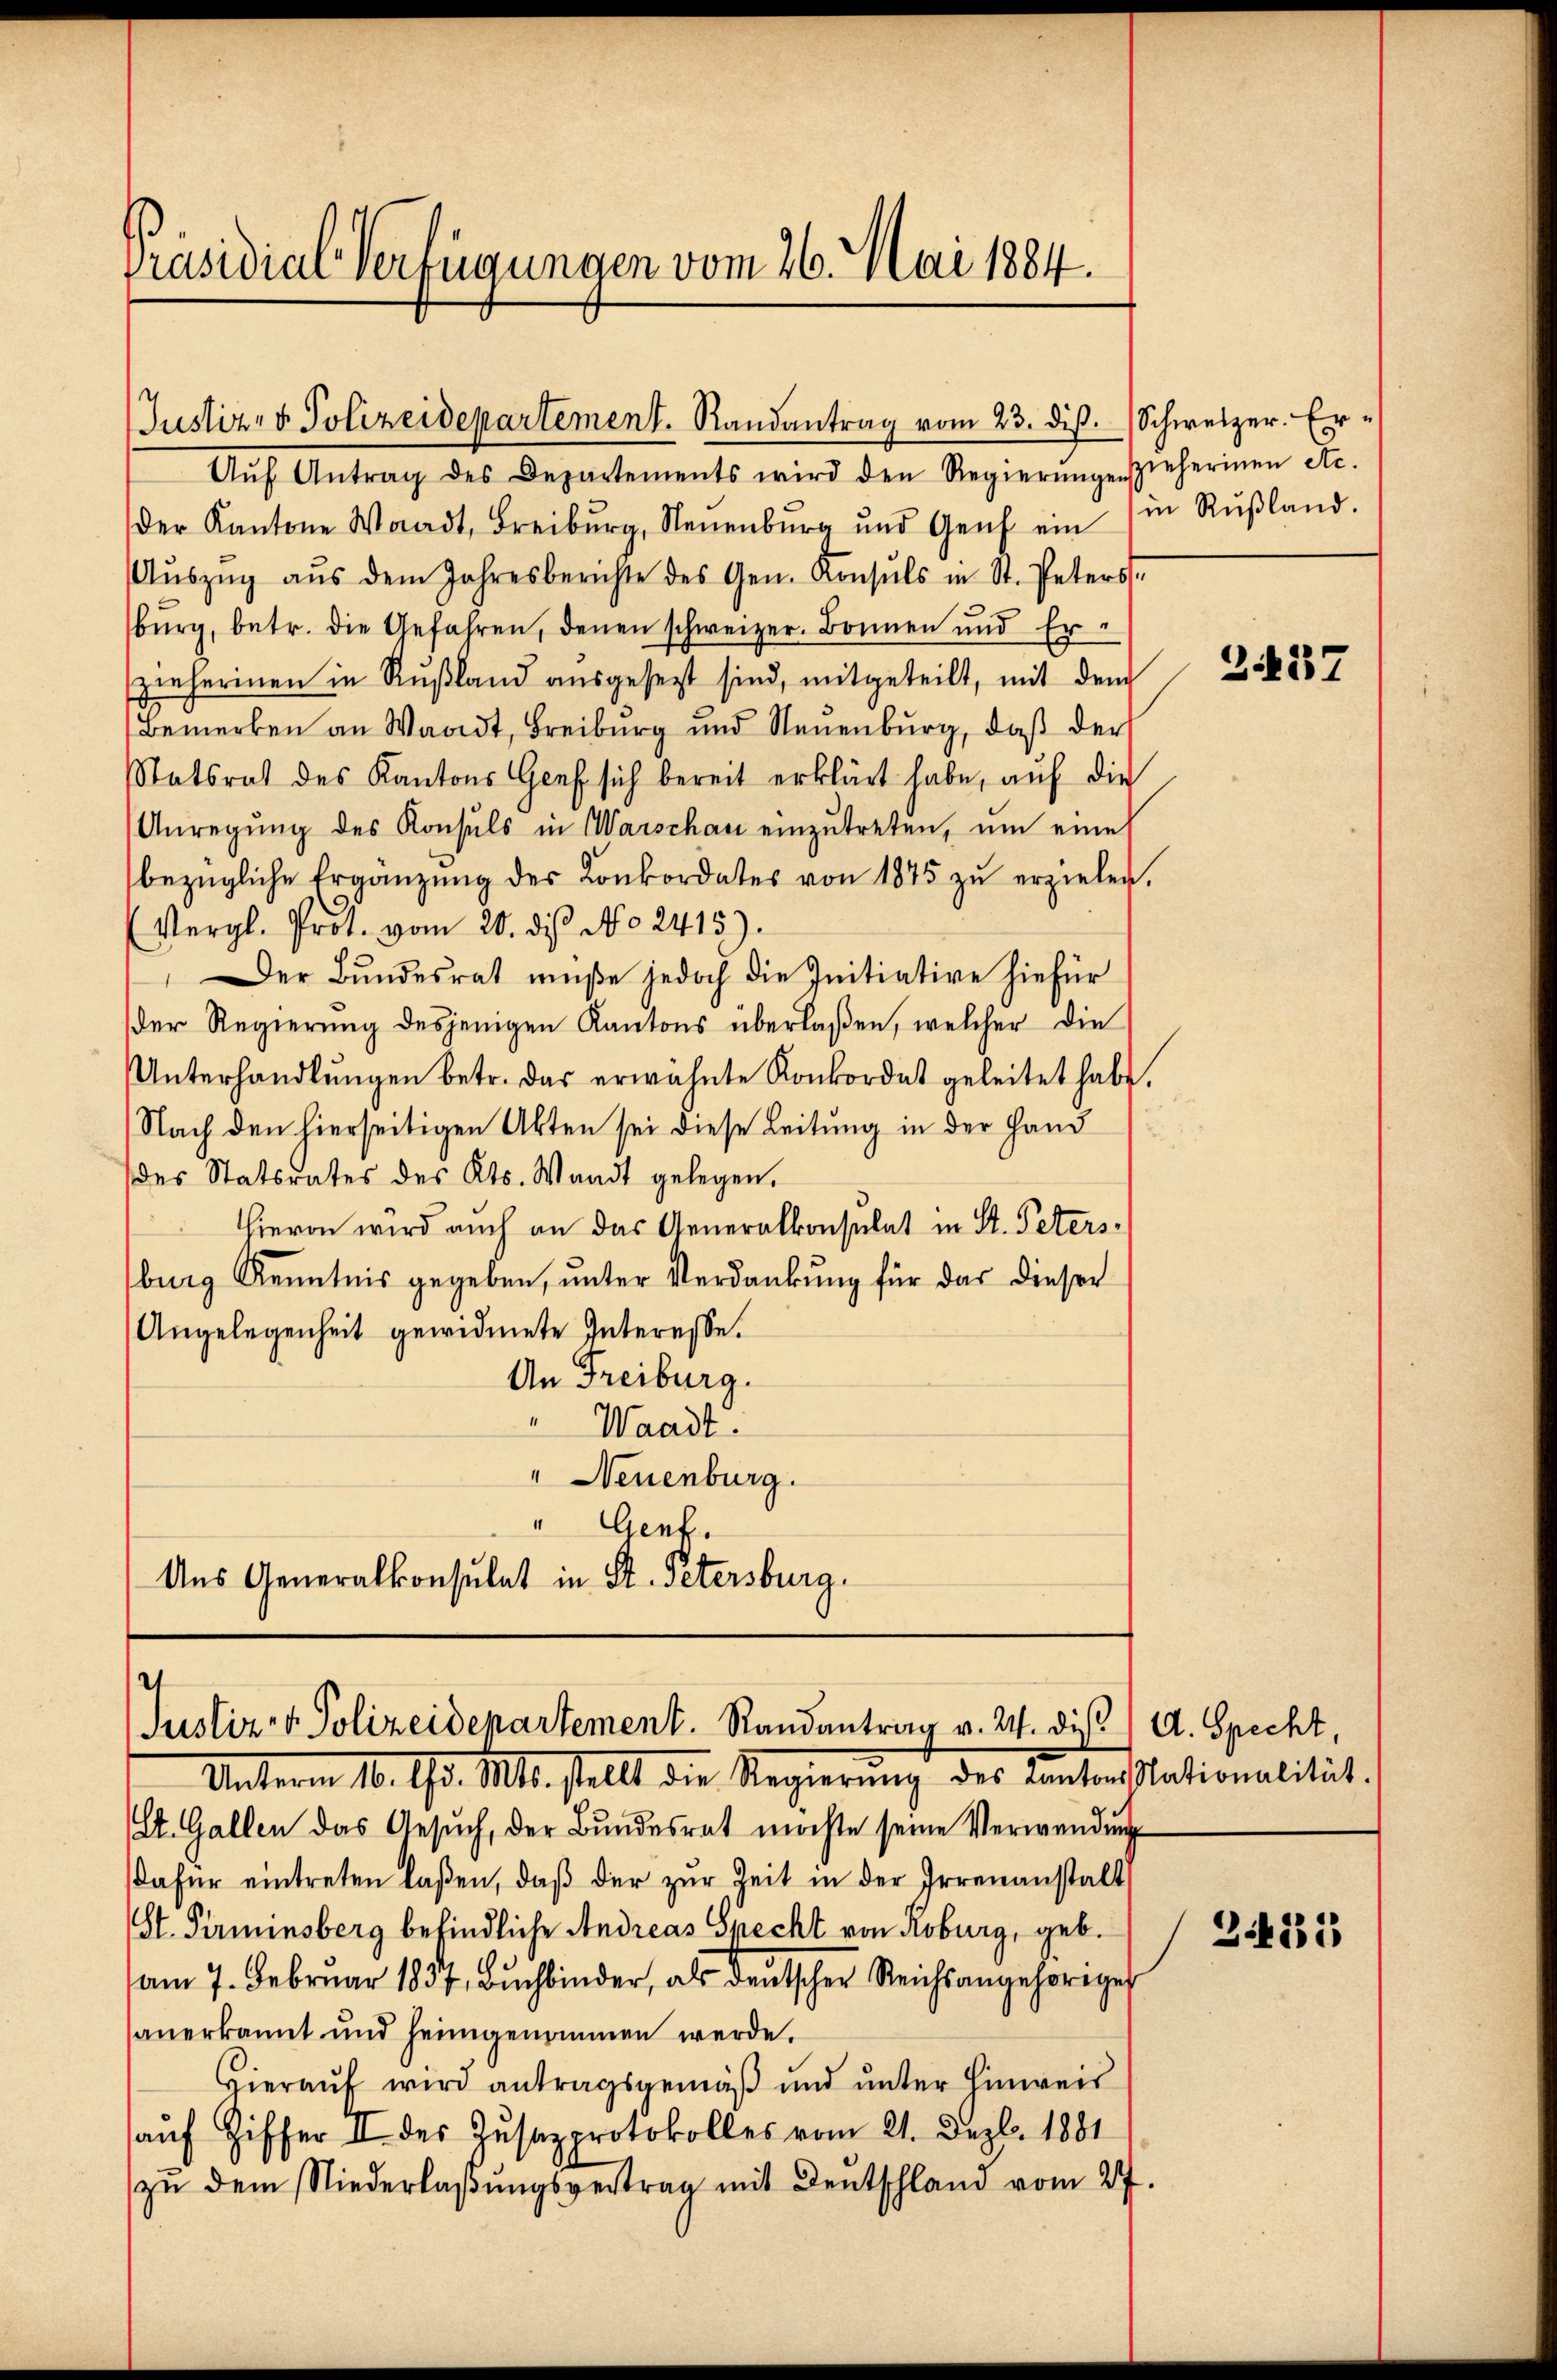
Präsidial-Verfügungen vom 26. Mai 1884.

Aŭf Antrag des Departements wird den Regierŭngen zieherinen etc.
der Kantone Waadt, Freiburg, Neuenburg und Genf ein in Rŭβland.
Aŭszŭg aŭs dem Jahresberichte des Gen. Konsuls in St. Peters
bŭrg, betr. die Gefahren, denen schweizer. Bonnen und Er-
zieherinen in Rußland aŭsgesezt sind, mitgeteilt, mit dem
Bemerken an Waadt, Freiburg und Neuenburg, daβ der
Statsrat des Kantons Graf sich bereit erklärt habe, aŭf die
Anregŭng des Konsuls in Warschau einzŭtreten, um eine
bezügliche Ergänzŭng der Konkordates von 1875 zŭ erzielen.
(Vergl. Prot. vom 20. des No. 2415).
Der Bundesrat müße jedoch die Initiative hiefür
der Regierŭng desjenigen Kantons überlaßen, welcher die
Unterhandlŭngen betr. dar erwähnte Konkordat geleitet habe.
Nach den hierseitigen Akten sei diese Leitung in der Hand
des Statsrates des Kts. Waadt gelegen.
Hievon wird auch an das Generalkonsulat in St. Petersburg Kenntnis gegeben, unter Verdankung für das dieser
Angelegenheit gewidmete Interesse.
An Freiburg.
Waadt.
" Neuenburg.
1
Genf.
Aus Generalkonsulat in St. Petersburg.

Justiz- & Polizeidepartement. Randantrag vom 23. diβ.  Schweizer. Er-

Justiz- & Polizeidepartement. Randantrag v. 24. diβ A. Specht,

Unterm 10. Gs. Mts. stellt die Regierŭng des Kanton Stationalität.
(St. Gallen das Gesuch, der Bundesrat möchte seine Verwendung
dafür eintreten laßen, daβ der zŭr Zeit in der Irrenanstalt
St. Perminsberg befindliche Andreas Specht von Roburg, geb.
am 7. Februar 1857, Bŭchbinder, als deutscher Reichsangehörigen
sanerkannt und heimgenommen werde.
Hieraŭf wird antragsgemäβ ŭnd ŭnter Einweis
auf Ziffer II des Zusatzprotokolles vom 21. Dez. 1881
zŭ dem Niederlaβŭngsvertrag mit Deutschland vom 27.

2437

34433